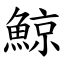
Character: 鯨